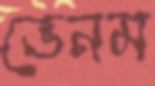
ভেনম